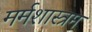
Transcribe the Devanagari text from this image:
मर्मशास्त्रम